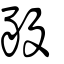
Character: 豛